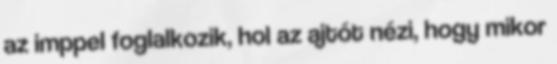
az imppel foglalkozik, hol az ajtót nézi, hogy mikor